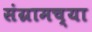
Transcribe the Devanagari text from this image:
संग्रामच्या